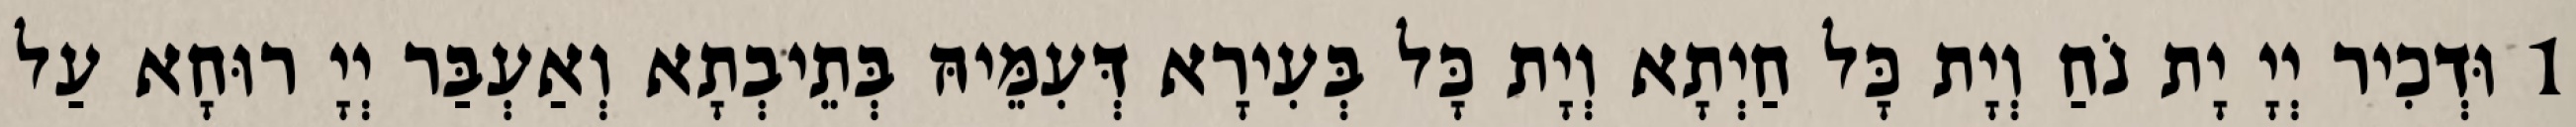
1 וּדְכִיר יְיָ יָת נֹחַ וְיָת כָּל חַיְתָא וְיָת כָּל בְּעִירָא דְּעִמֵּיהּ בְּתֵיבְתָא וְאַעְבַּר יְיָ רוּחָא עַל